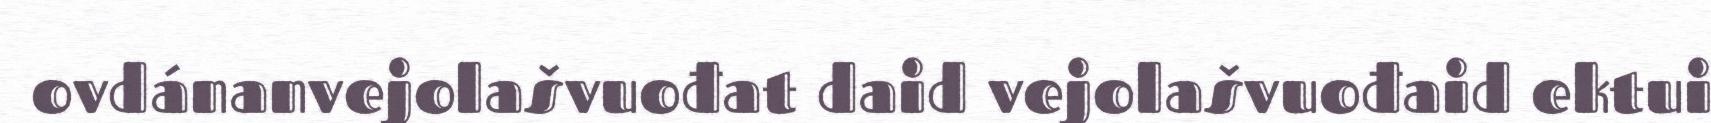
ovdánanvejolašvuođat daid vejolašvuođaid ektui